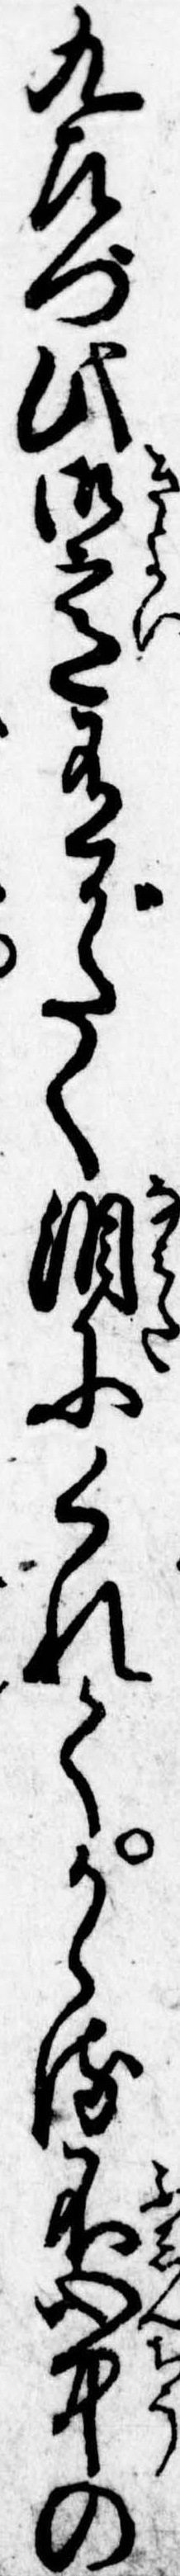
九左門此御意有がたく涙にくれてかゝる不心中の